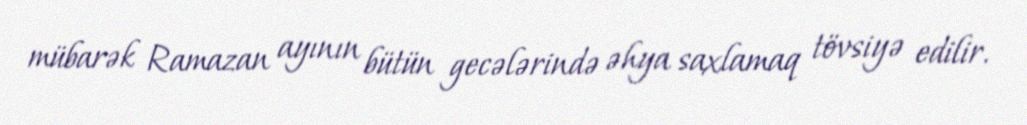
mübarək Ramazan ayının bütün gecələrində əhya saxlamaq tövsiyə edilir.